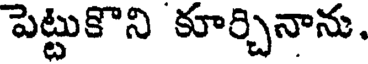
పెట్టుకొని కూర్చినాను.